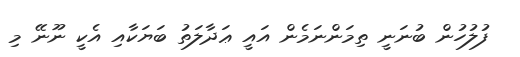
ފުލުހުން ބުނަނީ ތިމަންނަމެން އައީ ޢަދާލަތު ބަޔަކާއި އެކީ ނޫނޭ މި